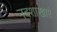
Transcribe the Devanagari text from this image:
नदशाखाएं